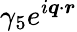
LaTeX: \gamma_{5}e^{i\boldsymbol{q}\cdot\boldsymbol{r}}